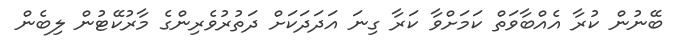
ބޭނުން ކުރާ އެއްބާވަތް ކަމަށްވާ ކަރާ ގިނަ އަދަދަކަށް ދަތުރުވެރިންގެ މާރުކޭޓުން ލިބެން